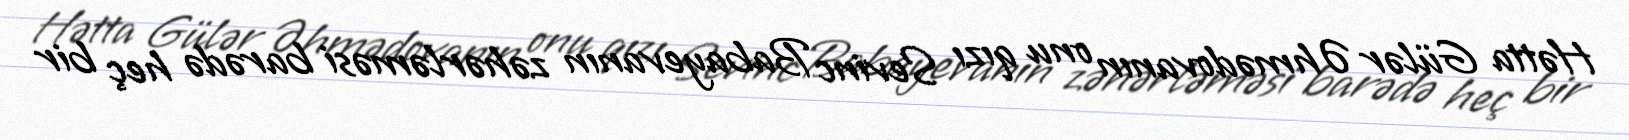
Hətta Gülər Əhmədovanın onu qızı Sevinc Babayevanın zəhərləməsi barədə heç bir